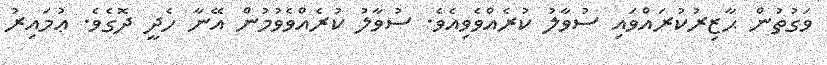
ވަގުތުން ޙާޒިރުކުރައްވައި ސުވާލު ކުރެއްވެވިއެވެ. ސުވާލު ކުރެއްވެވުމުން އޭނާ ހެދީ ދޮގެވެ. ޢުމައިރު